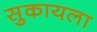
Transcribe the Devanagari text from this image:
सुकायला